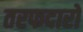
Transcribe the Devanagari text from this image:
तरफदारों